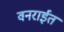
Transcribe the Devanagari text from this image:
वनराईत